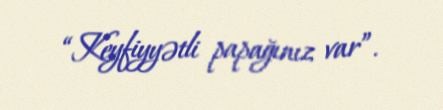
“Keyfiyyətli papağınız var”.